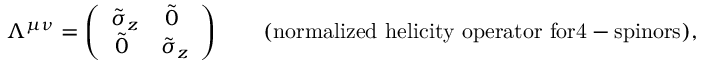
\Lambda ^ { \mu \nu } = \left( \begin{array} { l l } { { \tilde { \sigma } _ { z } } } & { { \, \tilde { 0 } } } \\ { { \, \tilde { 0 } } } & { { \tilde { \sigma } _ { z } } } \end{array} \right) \qquad \mathrm { ( n o r m a l i z e d ~ h e l i c i t y ~ o p e r a t o r ~ f o r 4 - s p i n o r s ) , }